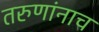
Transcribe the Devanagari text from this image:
तरुणांनाच